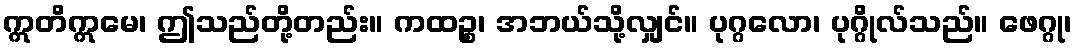
ဣတိဣမေ၊ ဤသည်တို့တည်း။ ကထဉ္စ၊ အဘယ်သို့လျှင်။ ပုဂ္ဂလော၊ ပုဂ္ဂိုလ်သည်။ ဖေဂ္ဂု၊